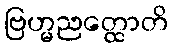
ဗြဟ္မညတ္ထောတိ